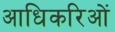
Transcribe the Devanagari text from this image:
आधिकरिओं